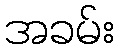
အခမ်း